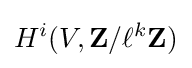
H^{i}(V,\mathbf {Z} /\ell ^{k}\mathbf {Z} )